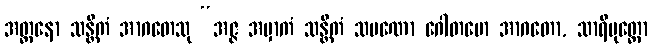
အတ္တနော သန္တိကံ အာဂတေသု “အဇ္ဇ အမှာကံ သန္တိကံ သမဏော ဂေါတမော အာဂတော, သာရိပုတ္တော